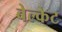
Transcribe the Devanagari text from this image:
बेल्केट